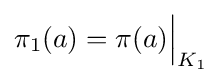
\pi _{1}(a)=\pi (a){\Big |}_{K_{1}}